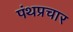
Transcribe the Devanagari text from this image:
पंथप्रचार